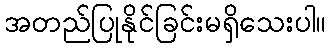
အတည်ပြုနိုင်ခြင်းမရှိသေးပါ။